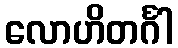
လောဟိတင်္ဂါ